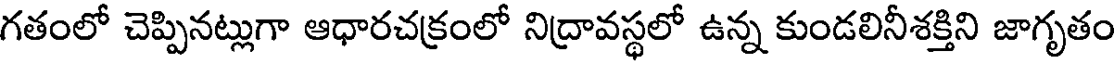
గతంలో చెప్పినట్లుగా ఆధారచక్రంలో నిద్రావస్థలో ఉన్న కుండలినీశక్తిని జాగృతం